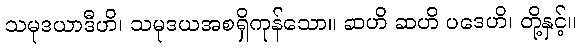
သမုဒယာဒီဟိ၊ သမုဒယအစရှိကုန်သော။ ဆဟိ ဆဟိ ပဒေဟိ၊ တို့နှင့်။